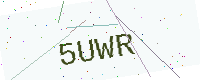
Text: 5UWR